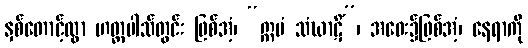
နှစ်တောင့်ထွာ ဟတ္ထပါသ်တွင်း ဖြစ်အံ့၊ “ဣမံ သံဃာဋိံ”၊ အဝေး၌ဖြစ်အံ့၊ နေရာကို